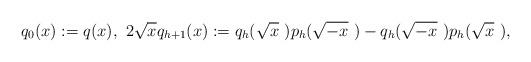
LaTeX: \begin{align*}q_0(x):=q(x),~2\sqrt x q_{h+1}(x):=q_h(\sqrt x~)p_h(\sqrt {-x}~)-q_h(\sqrt {-x}~)p_h(\sqrt x~), \end{align*}